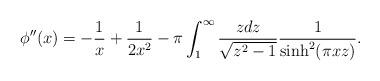
LaTeX: \begin{align*}\phi''(x) = - \frac{1}{x} + \frac{1}{2 x^2} - \pi \int_1^\infty\frac{z dz}{\sqrt{z^2-1}} \frac{1}{\sinh^2(\pi x z)}.\end{align*}